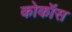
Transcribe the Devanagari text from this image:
कोकॉस